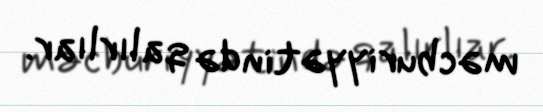
məcburiyyətində qalırlıar.